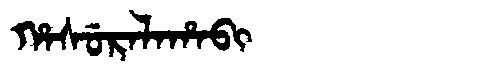
Manchu: ᡥᠠᠰᡠᡵᠠᠯᠠᡥᠠᠪᡳ
Romanization: HASURALAHABI